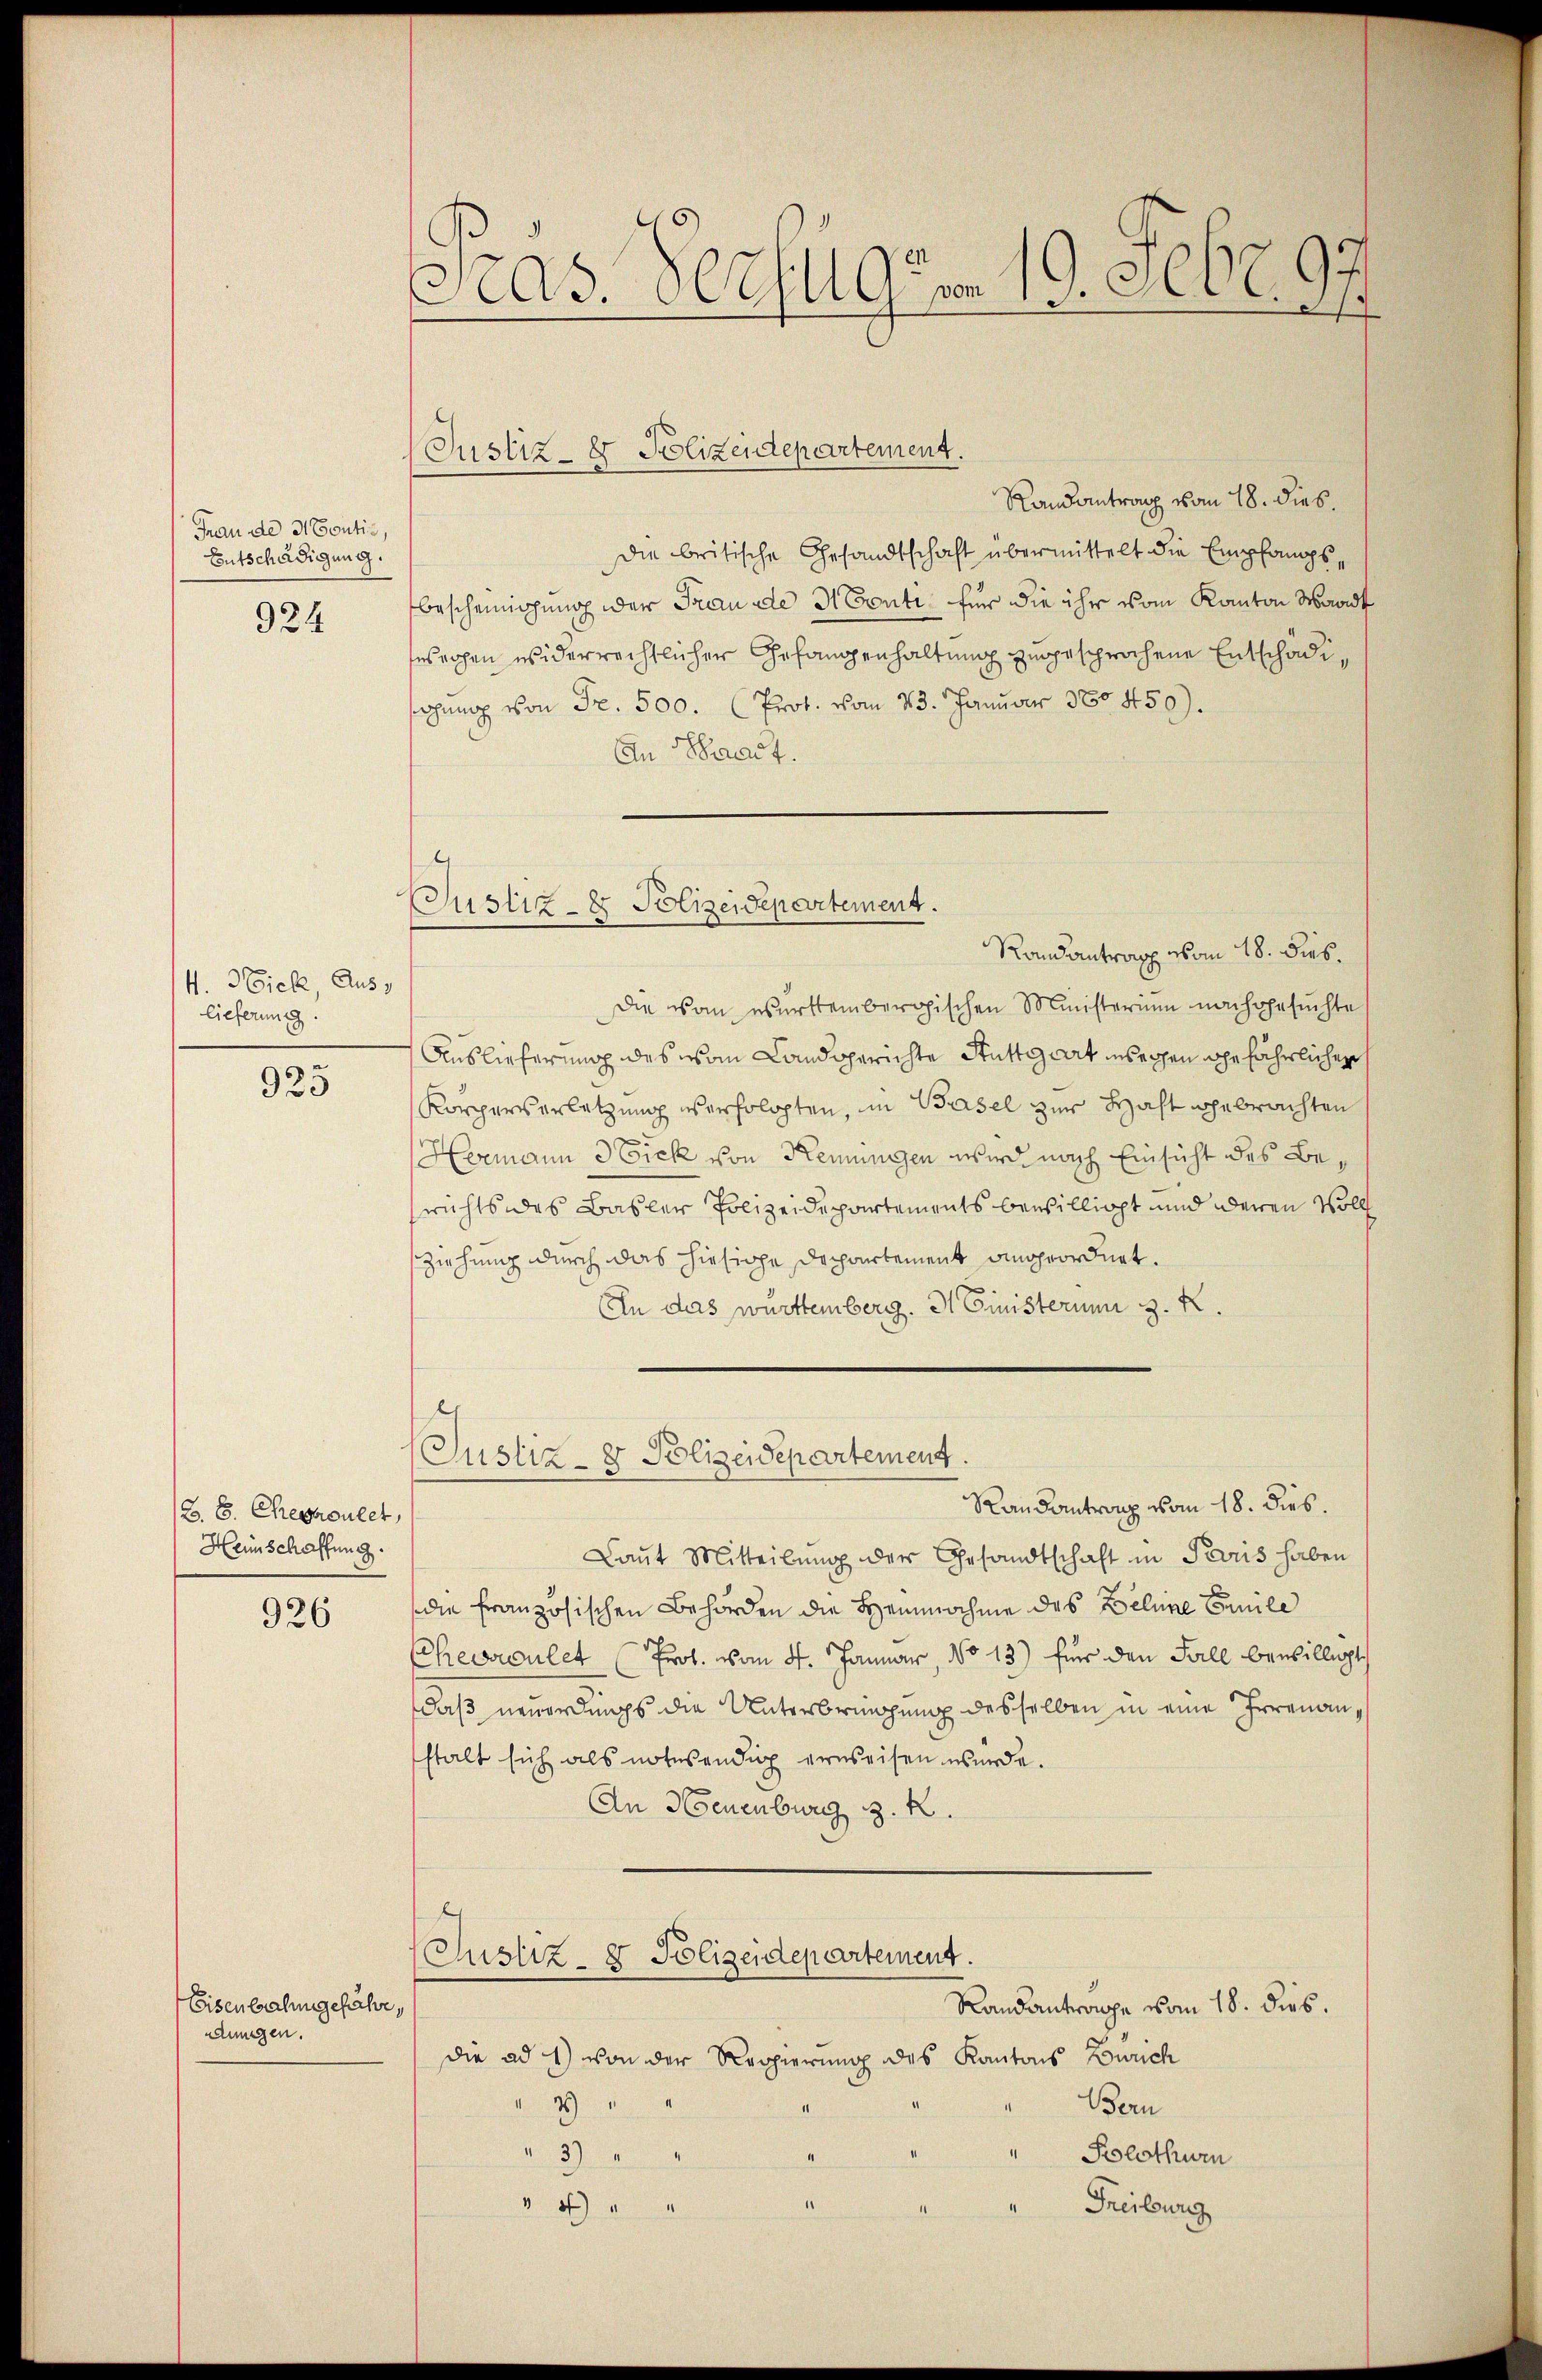
Frau de 3. Toutis,
Entschädigung.
924

4. Wick, Auslieferung.

925

/B. 8. Chegrouler,
Heinschaffung.

926

Eisenbahngefähr,
dungen.

Pras. Verfügen 19. Febr. 97

(Justiz- & Polizeidepartement.

Randantrag vom 18. dies.
die britische Gesandtschaft übermittelt die Empfangs¬
Bescheinigung der Frau die H. Conti für die ihr vom Kanton Waadt
esrohen widerrechtlicher Gefangenhaltung zugesprochene Entschädisagung von Fr. 500. (Prot. vom 23. Januar 180459).
An Tract.

Justiz- & Polizeidepartement.
Randantrag vom 18. Dies

Die von württembergischen Ministerium nachgesuchte
Auslieferung des von Landgerichte Stuttgart unseren gefährlichen
Körperverletzung verholten, in Basel zur Haft gebrachten
Hermann 3 Fick von Kemungen wird nach Einsicht des Bewichts des Basler Polizeidepartements bewilligt und deren Woll
ziehung durch das hiesige Departement angeordnet.
In das württemberg. I Ginisterum z. R.

Justiz- & Polizeidepartement
Randantrag vom 18. dies.

Laut Mitteilung der Gesandtschaft in Paris haben
die französischen Behörden die Heinnahme des Beline Emile
Ehewroulet (Prof. vom 4. Januar, No 13) für den Fall bewilligt,
daß neuerdings die Unterbringung desselben in eine Irrenanstalt sich als notwendig erweisen wurde.
An Neuenburg z. B.

(Justiz- & Polizeidepartement.
Randantrage vom 18. dies.

die ad 1) von der Reppierung des Kantons Zürich
3
Bern
1
3)
Solothurn
a
4 " "
Freiburg